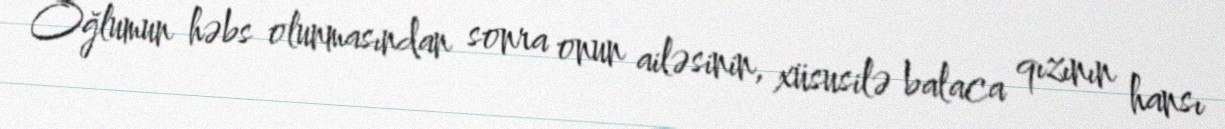
Oğlumun həbs olunmasından sonra onun ailəsinin, xüsusilə balaca qızının hansı